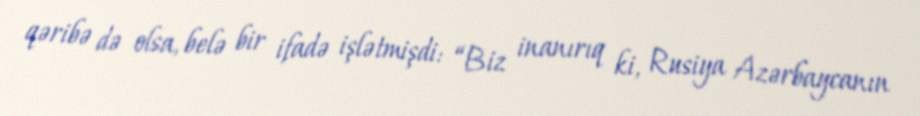
qəribə də olsa, belə bir ifadə işlətmişdi: “Biz inanırıq ki, Rusiya Azərbaycanın